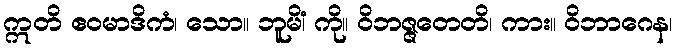
ဣတိ ဧဝမာဒိကံ၊ သော။ ဘူမိံ၊ ကို။ ဝိဘဇ္ဇတေတိ၊ ကား။ ဝိဘာဂေန၊